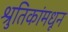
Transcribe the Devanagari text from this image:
श्रुतिकांमधून